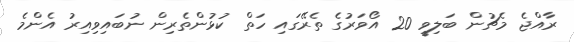
ރާއްޖެ މެޗުން ބަލިވީ 20 އޯވަރުގެ ތެރޭގައި ހަތް ކުޅުންތެރިން ނުބައިވިއިރު އެންމެ